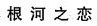
根河之恋